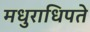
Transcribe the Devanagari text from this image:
मधुराधिपते